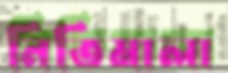
নিতিমালা